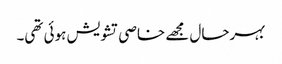
بہرحال مجھے خاصی تشویش ہوئی تھی۔